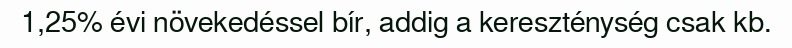
1,25% évi növekedéssel bír, addig a kereszténység csak kb.